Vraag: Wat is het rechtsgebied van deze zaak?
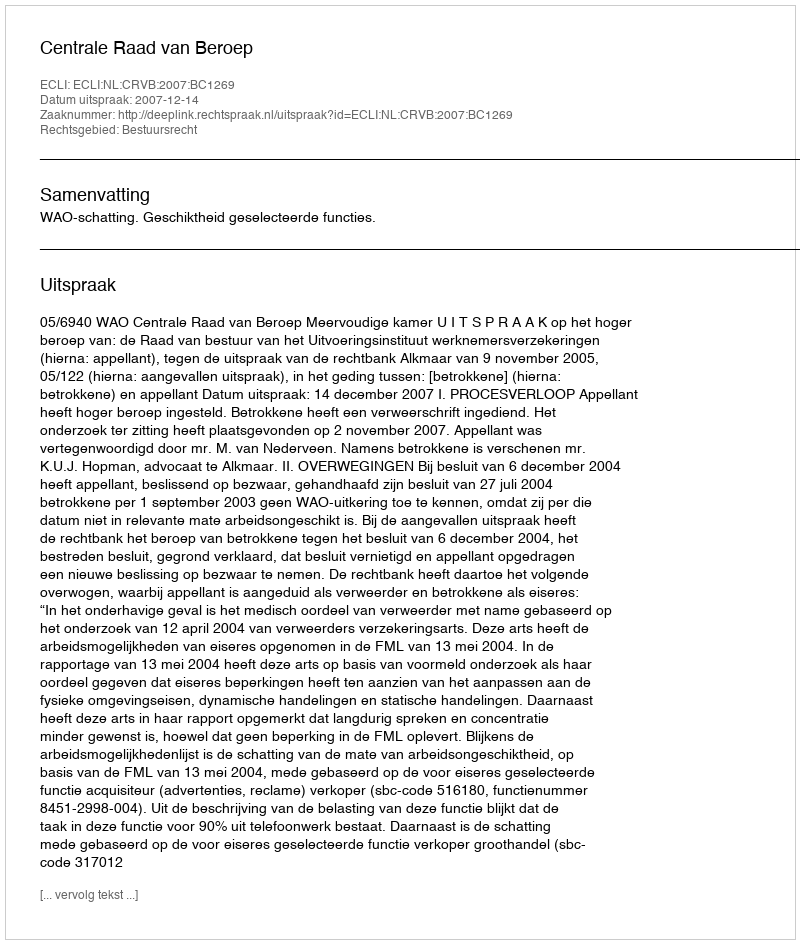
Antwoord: Bestuursrecht